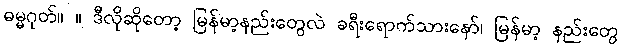
ဓမ္မဂုတ်။ ။ ဒီလိုဆိုတော့ မြန်မာ့နည်းတွေလဲ ခရီးရောက်သားနော်၊ မြန်မာ့ နည်းတွေ